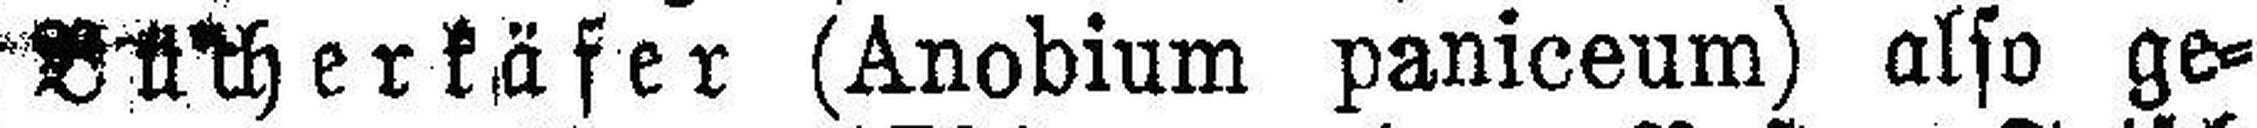
Bütherkäfer (Anobium paniceum) also ge¬